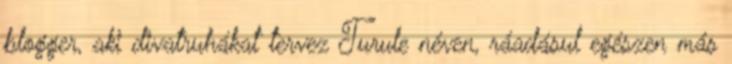
blogger, aki divatruhákat tervez Turule néven, ráadásul egészen más